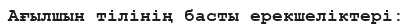
Ағылшын тілінің басты ерекшеліктері: